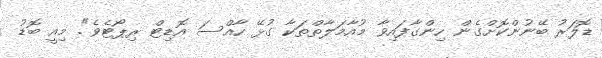
ޑޮލަރު ބޭނުންކޮށްގެން ހިންގާފައިވާ މުއާމަލާތްތަކާ ގުޅޭ ހާއްސަ އޮޑިޓް ރިޕޯޓެވެ". މިއީ ބޮޑު